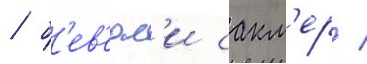
/ б'ев'ерл'и сакл'ер /